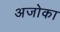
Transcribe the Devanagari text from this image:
अजोका